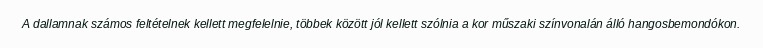
A dallamnak számos feltételnek kellett megfelelnie, többek között jól kellett szólnia a kor műszaki színvonalán álló hangosbemondókon.